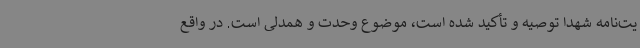
یت‌نامه شهدا توصیه و تأکید شده است، موضوع وحدت و همدلی است. در واقع